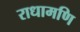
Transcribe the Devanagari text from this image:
राधामणि